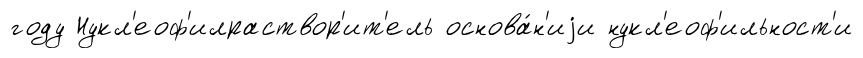
году Нукл'еоф'илраствор'ит'ель основа́н'иjи нукл'еоф'ильност'и